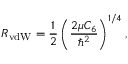
R _ { \mathrm { v d W } } = \frac { 1 } { 2 } \left( \frac { 2 \mu C _ { 6 } } { \hbar ^ { 2 } } \right) ^ { 1 / 4 } ,